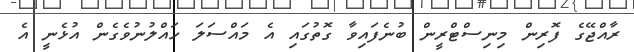
ރާއްޖޭގެ ފޮރިން މިނިސްޓްރީން ބުނެފައިވާ ގޮތުގައި އެ މައްސަލަ ހައްލުނުވެގެން އުޅެނީ އެ